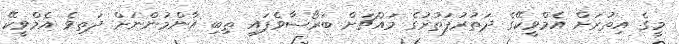
މީގެ އިތުރަށް އެމްވީކޭގެ ދަތުރުފަތުރުގެ މައްޗަށް ބަރޯސާވެފައި ތިބި އާންމުންނަށް ދަތިވެ އެމްވީކޭ